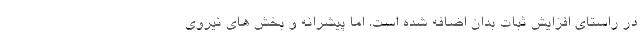
در راستای افزایش ثبات بدان اضافه شده است. اما پیشرانه و بخش های نیروی